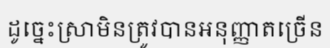
ដូច្នេះស្រាមិនត្រូវបានអនុញ្ញាតច្រើន